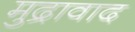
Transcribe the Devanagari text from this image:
मुद्रावाद